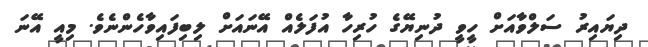
ދިޔައިރު ސަލްވާއަށް ހީވީ ދުނިޔޭގެ ހުރިހާ އުފަލެއް އޭނައަށް ލިބިފައިވާހެންނެވެ. މިއީ އޭނަ